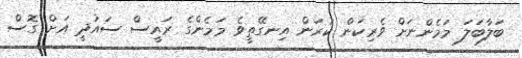
ބަލާބަލަ މަމެންނަށް ވެރިކަން ކުރަން އިނގޭތީވެ މަމެންގެ ރައީސް ސައުދީ އަށް ގޮސް